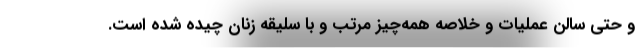
و حتی سالن عملیات و خلاصه همه‌‌چیز مرتب و با سلیقه زنان چیده شده است.